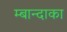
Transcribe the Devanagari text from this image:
म्बान्दाका